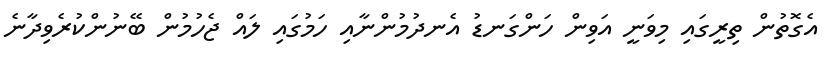
އެގޮތުން ތިރީގައި މިވަނީ އަވިން ހަންގަނޑު އެނދުމުންނާއި ހަމުގައި ލައް ޖެހުމުން ބޭނުންކުރެވިދާނެ